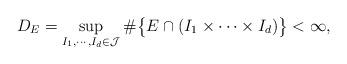
LaTeX: \begin{align*} D_E =\sup_{I_1 , \cdots, I_d \in \mathcal{J}} \# \big\{ E \cap (I_1 \times \cdots \times I_d) \big\} < \infty,\end{align*}